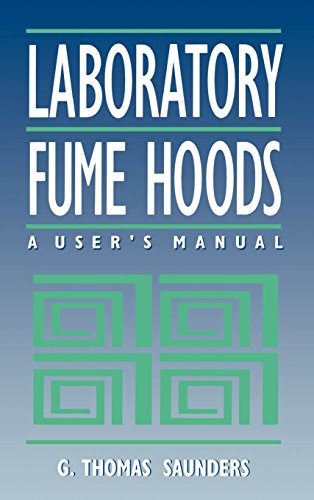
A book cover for Laboratory Fume Hoods: A User's Manual; G. Thomas Saunders; Science & Math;